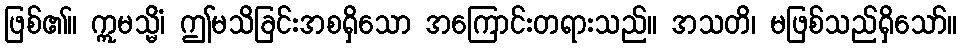
ဖြစ်၏။ ဣမသ္မိံ၊ ဤမသိခြင်းအစရှိသော အကြောင်းတရားသည်။ အသတိ၊ မဖြစ်သည်ရှိသော်။